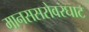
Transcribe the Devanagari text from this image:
मानससरोवरघाट